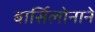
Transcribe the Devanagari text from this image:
बार्सिलोनाने